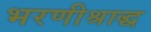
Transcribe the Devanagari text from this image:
भरणीश्राद्ध